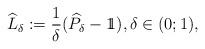
LaTeX: \begin{align*}\widehat{L}_\delta:=\frac{1}{\delta}(\widehat{P}_\delta-1\!\!1), \delta\in(0;1),\end{align*}